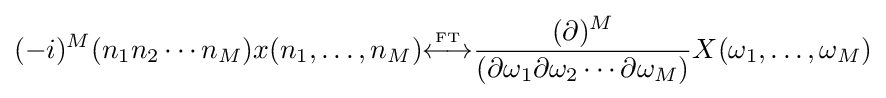
(-i)^{M}(n_{1}n_{2}\cdots n_{M})x(n_{1},\ldots ,n_{M}){\overset {\underset {\mathrm {FT} }{}}{\longleftrightarrow }}{\frac {(\partial )^{M}}{(\partial \omega _{1}\partial \omega _{2}\cdots \partial \omega _{M})}}X(\omega _{1},\ldots ,\omega _{M})